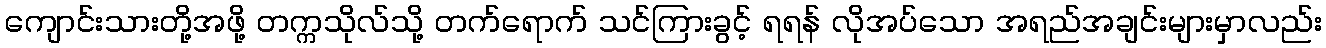
ကျောင်းသားတို့အဖို့ တက္ကသိုလ်သို့ တက်ရောက် သင်ကြားခွင့် ရရန် လိုအပ်သော အရည်အချင်းများမှာလည်း